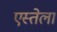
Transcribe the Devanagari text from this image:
एस्तेला